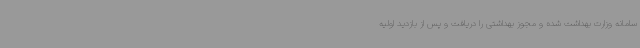
سامانه وزارت بهداشت شده و مجوز بهداشتی را دریافت و پس از بازدید اولیه